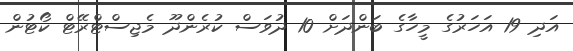
އަދި 19 އަހަރުގެ މީހާގެ ބަންދަށް 10 ދުވަސް ކުރެންދޫ މެޖިސްޓްރޭޓް ކޯޓުން